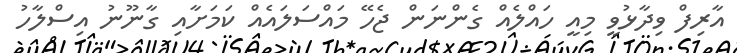
އާރިފް ވިދާޅުވީ މިއީ ހައްލެއް ގެންނަން ޖެހޭ މައްސަލައެއް ކަމަށާއި ގާނޫނު އިސްލާހު